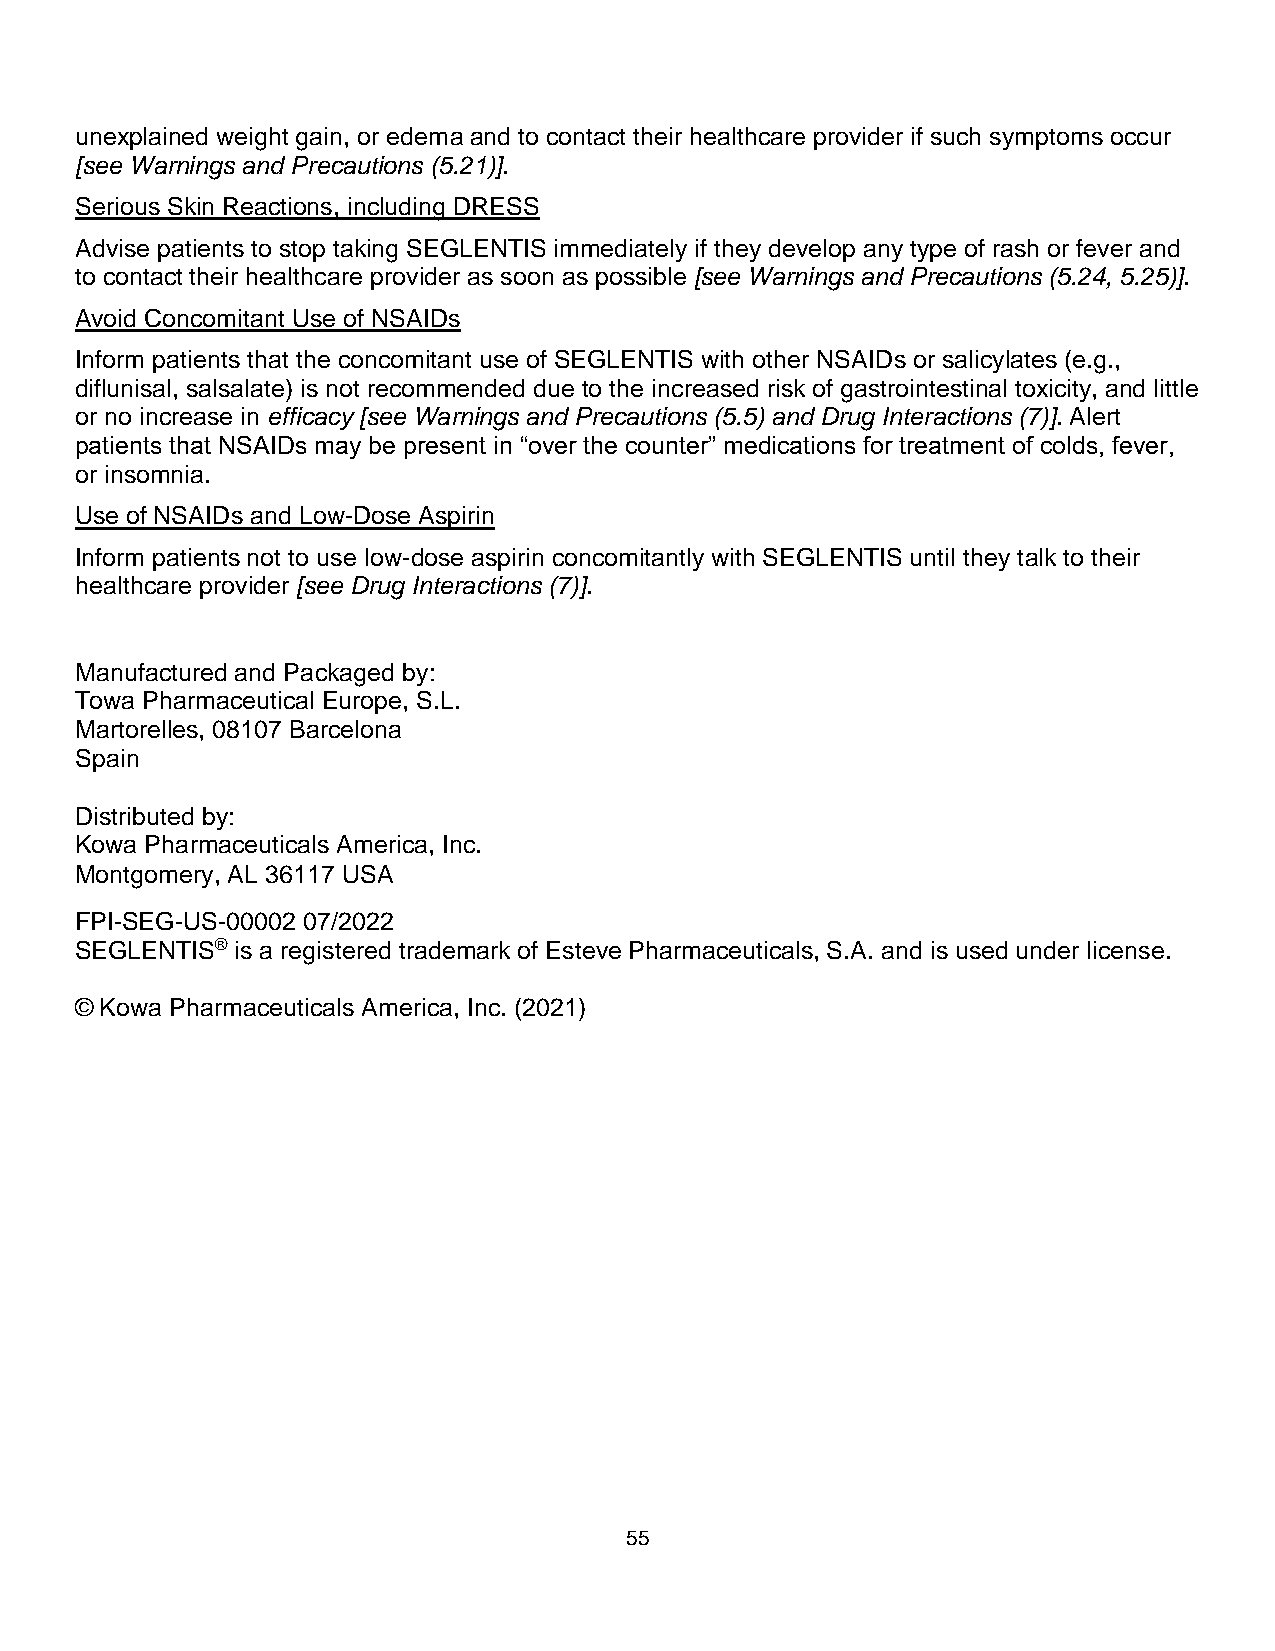
unexplained weight gain, or edema and to contact their healthcare provider if such symptoms occur
 [see Warnings and Precautions (5.21)].
 Serious Skin Reactions, including DRESS
 Advise patients to stop taking SEGLENTIS immediately if they develop any type of rash or fever and
 to contact their healthcare provider as soon as possible [see Warnings and Precautions (5.24, 5.25)].
 Avoid Concomitant Use of NSAIDs
 Inform patients that the concomitant use of SEGLENTIS with other NSAIDs or salicylates (e.g.,
 diflunisal, salsalate) is not recommended due to the increased risk of gastrointestinal toxicity, and little
 or no increase in efficacy [see Warnings and Precautions (5.5) and Drug Interactions (7)]. Alert
 patients that NSAIDs may be present in “over the counter” medications for treatment of colds, fever,
 or insomnia.
 Use of NSAIDs and Low-Dose Aspirin
 Inform patients not to use low-dose aspirin concomitantly with SEGLENTIS until they talk to their
 healthcare provider [see Drug Interactions (7)].
 Manufactured and Packaged by:
 Towa Pharmaceutical Europe, S.L.
 Martorelles, 08107 Barcelona
 Spain
 Distributed by:
 Kowa Pharmaceuticals America, Inc.
 Montgomery, AL 36117 USA
 FPI-SEG-US-00002 07/2022
 SEGLENTIS® is a registered trademark of Esteve Pharmaceuticals, S.A. and is used under license.
 © Kowa Pharmaceuticals America, Inc. (2021)
 55